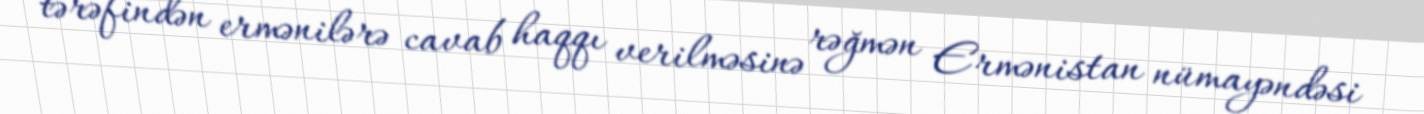
tərəfindən ermənilərə cavab haqqı verilməsinə rəğmən Ermənistan nümayəndəsi